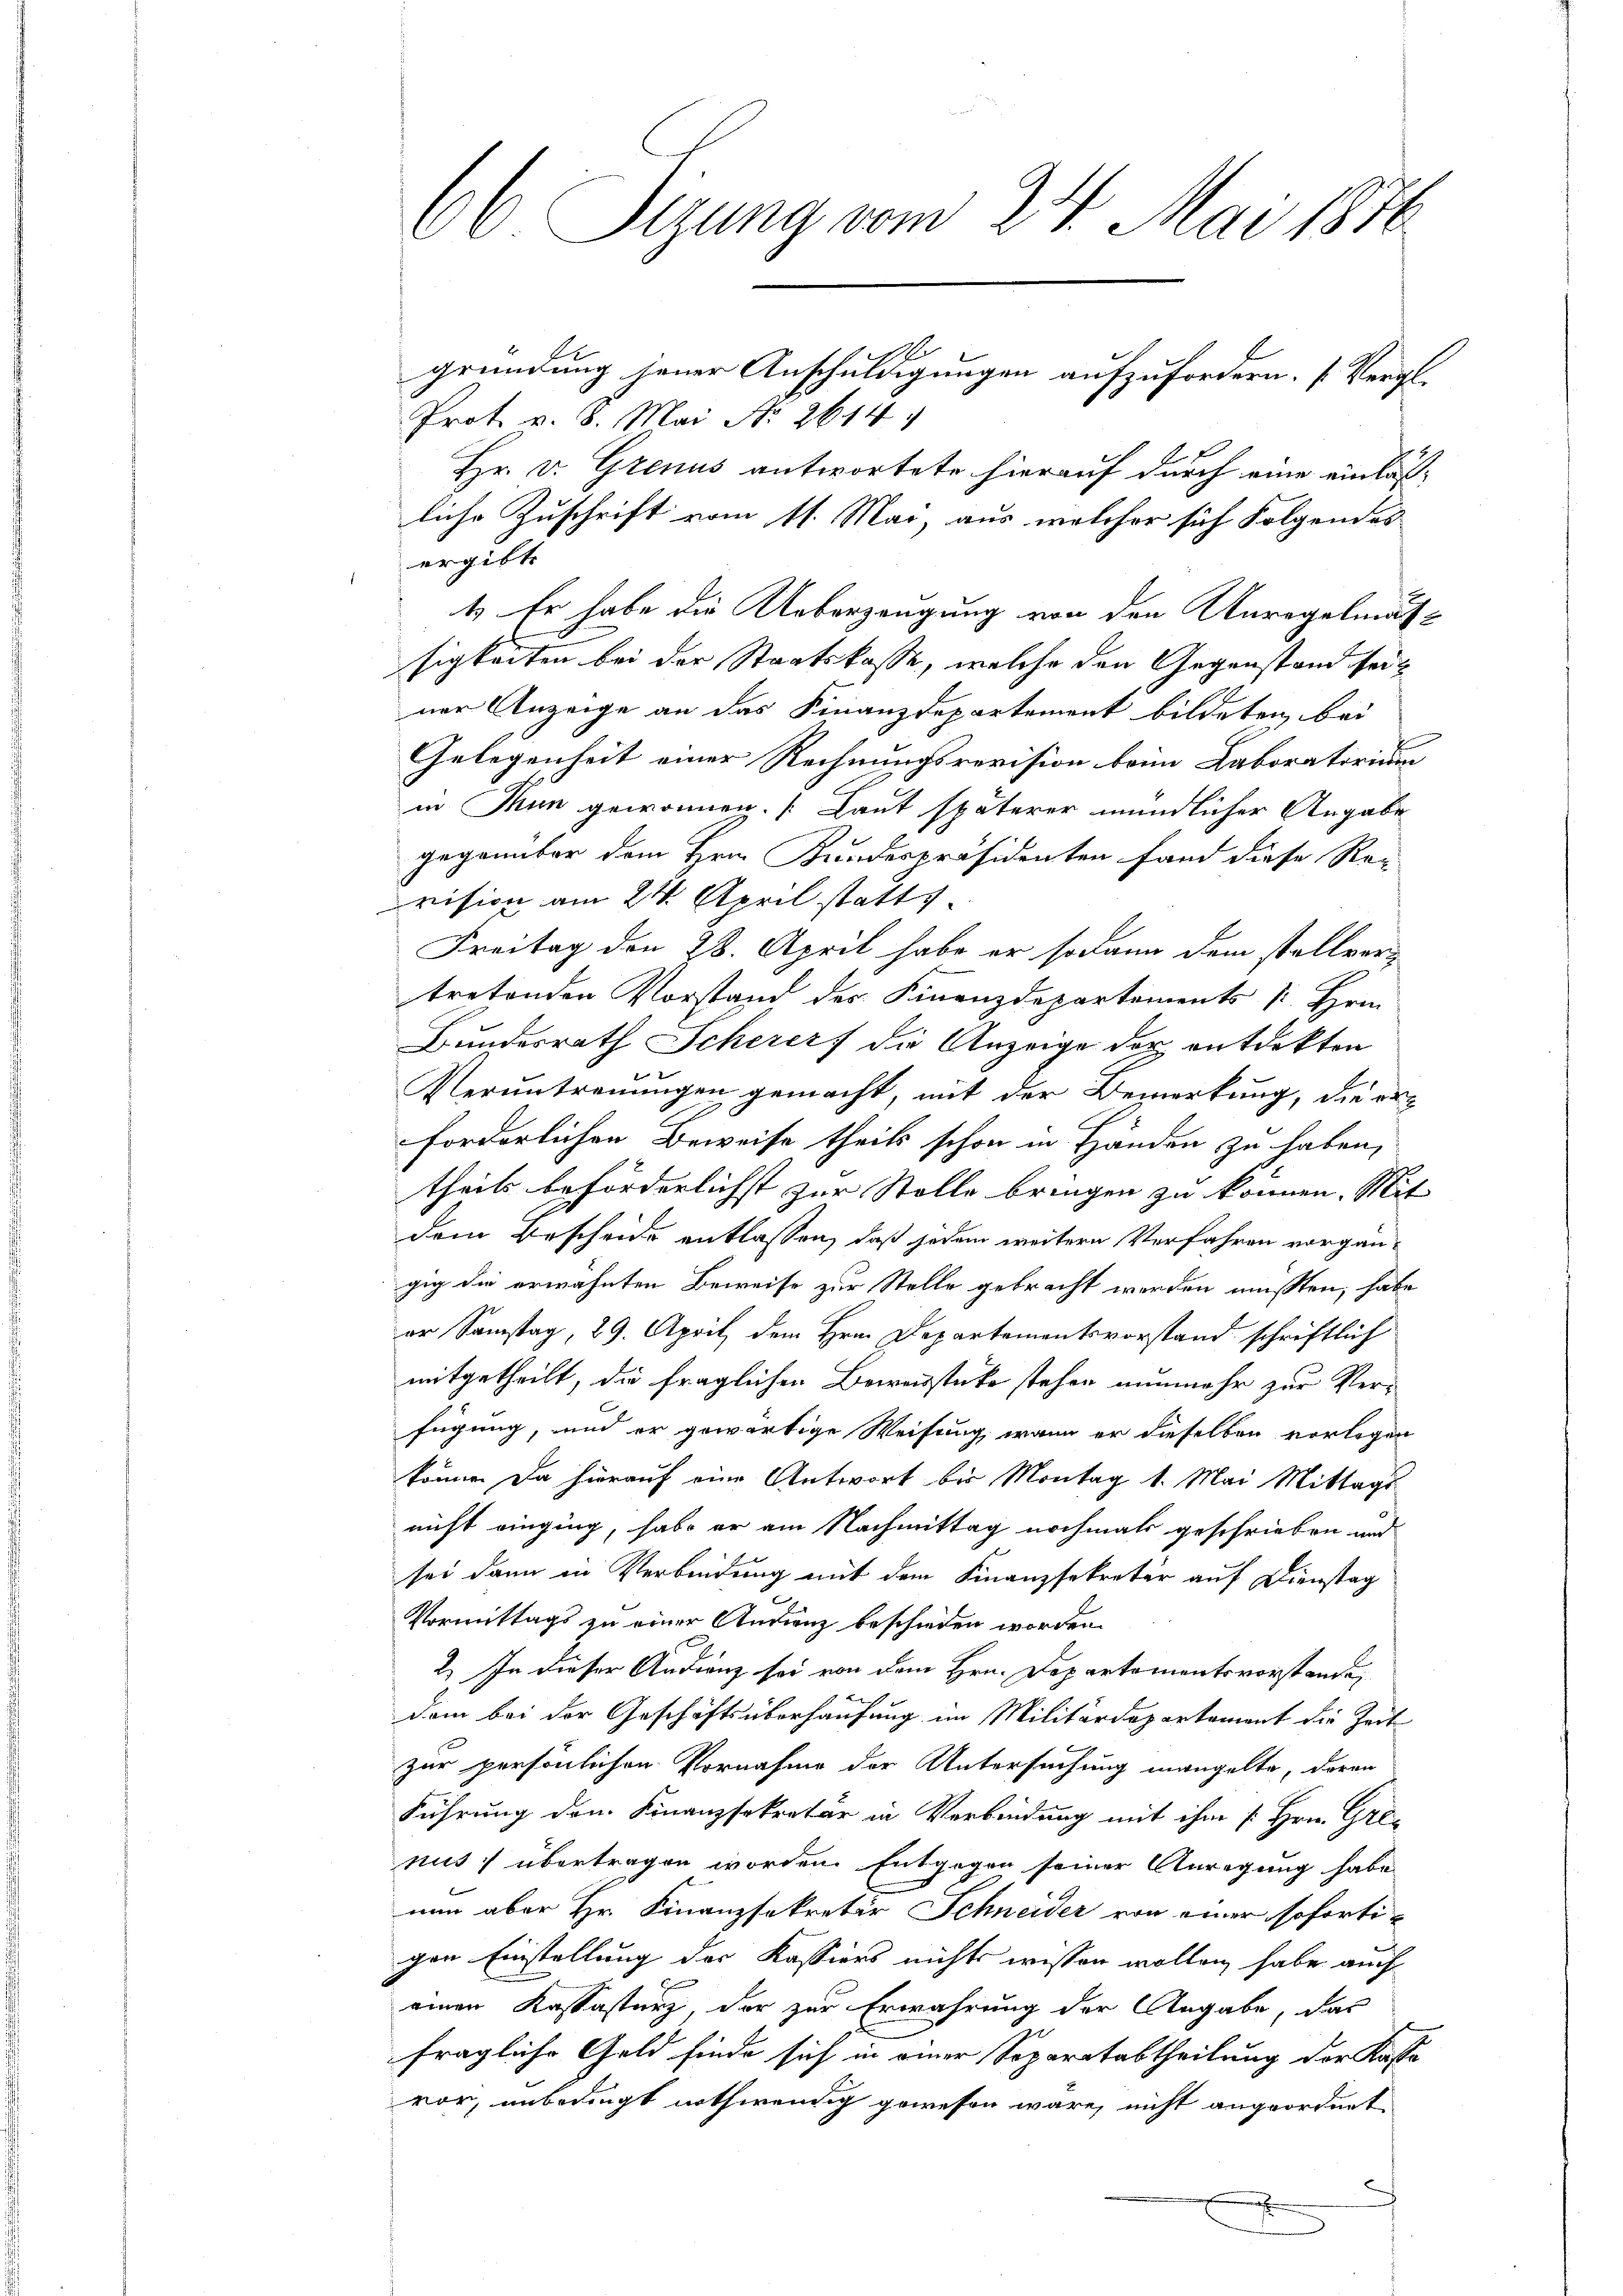
66 Sizung vom 24. Mai 1870

Prot. v. 8. Mai No 2614.
Hr. v. Grenus antwortete hierauf durch eine einlasliche Zuschrift vom 11. Mai, aus welcher sich Folgendes
ergibt
1. Er habe die Ueberzeugung von den Unregelmatsigkeiten bei der Staatskasse, welche den Gegenstand seit
ner Anzeige an das Finanzdepartement bildeten, bei
Gelegenheit einer Rechnungsrevision beim Laboratorium
in Thun gewonnen. [Laut späterer mündlicher Angabe
gegannbar dem Hrn. Bundespräsidenten fand diese Re-
vision am 24. April statts.
Freitag den 28. April habe er sodann dem stellver-
tretenden Vorstand des Finanzdepartements s. Hrn.
Bundesrath Schererf die Anzeige der entdekten
Veruntreuungen gemacht, mit der Bemerkung, die erforderlichen Beweise theils schon in Händen zu haben,
theils beförderlichst zur Stolle bringen zu können. Mit
dem Bescheide entlassen, daß jedem weitere Verfahren vorgängig die erwähnten Beweise zur Stelle gebracht werden müßten, habe
er Samstag, 29. April dem Hrn. Departementsvorstand schriftlich
mitgetheilt, die fraglichen Beweisstücke stehen nunmehr zur Verfügung, und er gewärtige Weisung, wenn er dieselben vorlegen
könne. Da hierauf eine Antwort bis Montag 1. Mai Mittags
nicht einging, habe er am Nachmittag nochmals geschrieben und
sei dann in Verbindung mit dem Finanzsekretär auf Dienstag
Vormittags zu einer Andrenz beschieden worden.
2) In dieser Andrenz sei von dem Hrn. Departementsvorstande
dem bei der Geschäftsüberhausung im Militärdepartament die Zeit
zur persönlichen Vornahme der Untersuchung mangelte, daran
Führung den Finanzsekretär in Verbindung mit ihm [Hrn. Gre-
nus, übertragen worden. Entgegen seiner Anregung habe
nun aber Hr. Finanzsekretär Schneider von einer sofortigen Einstellung der Kassiers nichts wissen wollen habe auch
einen Kastastenz der zur Erwährung der Angabe, das
fragliche Geld finde sich in einer Separatabtheilung der Kasta
vor, unbedingt nothwendig gewesen wäre, nicht angeordnet
.

S
gründung jener Anschuldigungen aufzufordern. (Vergl.